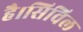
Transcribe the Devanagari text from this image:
है।सिविल